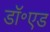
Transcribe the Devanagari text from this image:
डॉ॰एड